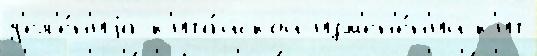
д'ел'е́н'иjа к'ита́йской изм'ен'е́н'ий к'ит